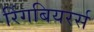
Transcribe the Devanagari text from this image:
रिंगबियरर्स